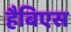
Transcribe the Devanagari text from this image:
हैबिएस